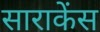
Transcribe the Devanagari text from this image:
साराकेंस